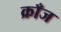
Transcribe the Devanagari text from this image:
क्राँज